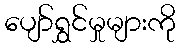
ပျော်ရွှင်မှုများကို